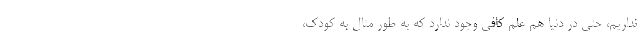
نداریم، حتی در دنیا هم علم کافی وجود ندارد که به طور مثال به کودک،